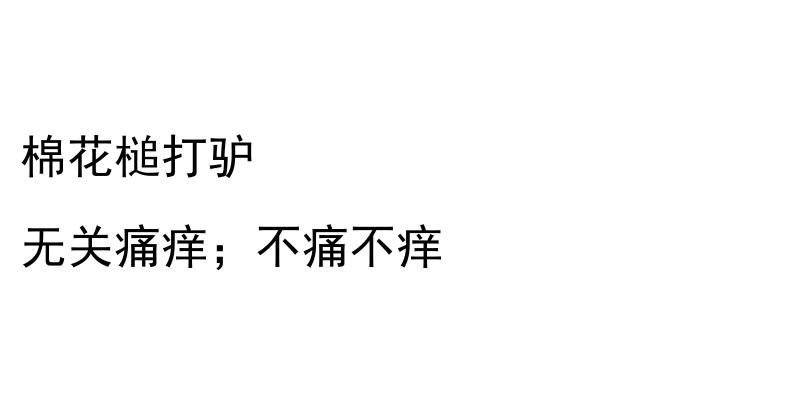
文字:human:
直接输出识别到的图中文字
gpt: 棉花槌打驴 无关痛痒；不痛不痒